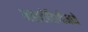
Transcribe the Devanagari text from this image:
महारोहिणीमध्ये